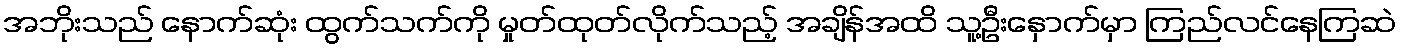
အဘိုးသည် နောက်ဆုံး ထွက်သက်ကို မှုတ်ထုတ်လိုက်သည့် အချိန်အထိ သူ့ဦးနှောက်မှာ ကြည်လင်နေကြဆဲ